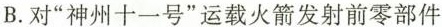
B.对”神州十一号”运载火箭发射前零部件